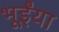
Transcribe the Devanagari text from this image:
भूईंया